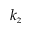
k _ { z }